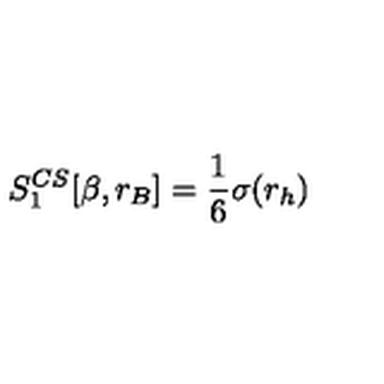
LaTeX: S _ { 1 } ^ { C S } [ \beta , r _ { B } ] = \frac 1 6 \sigma ( r _ { h } )